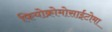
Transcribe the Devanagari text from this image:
फियोक्रोमोसाईटोमा